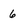
Character: 6